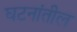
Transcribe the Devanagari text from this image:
घटनांतील